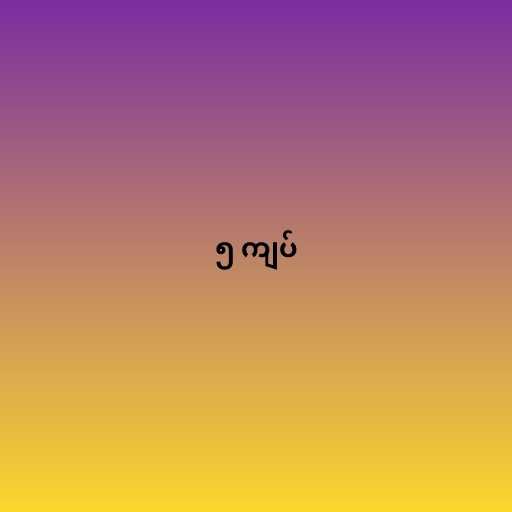
၅ ကျပ်